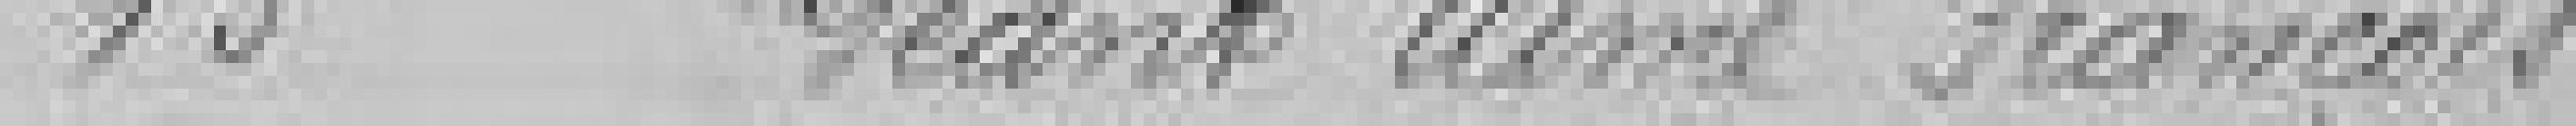
13 Géant Aimé François